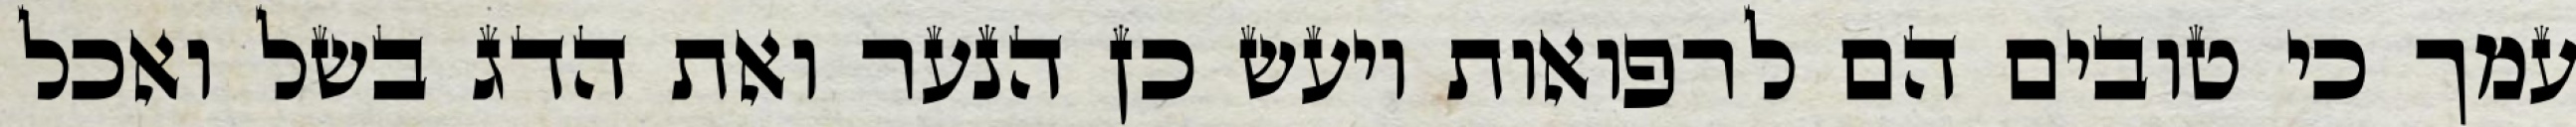
עמך כי טובים הם לרפואות ויעש כן הנער ואת הדג בשל ואכל